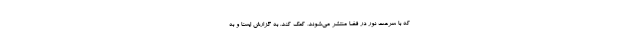
که با سرعت نور در فضا منتشر می‌شوند، کمک کند. به گزارش ایسنا و به